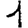
Digit: 1